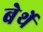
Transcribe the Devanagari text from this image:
बेर्थे